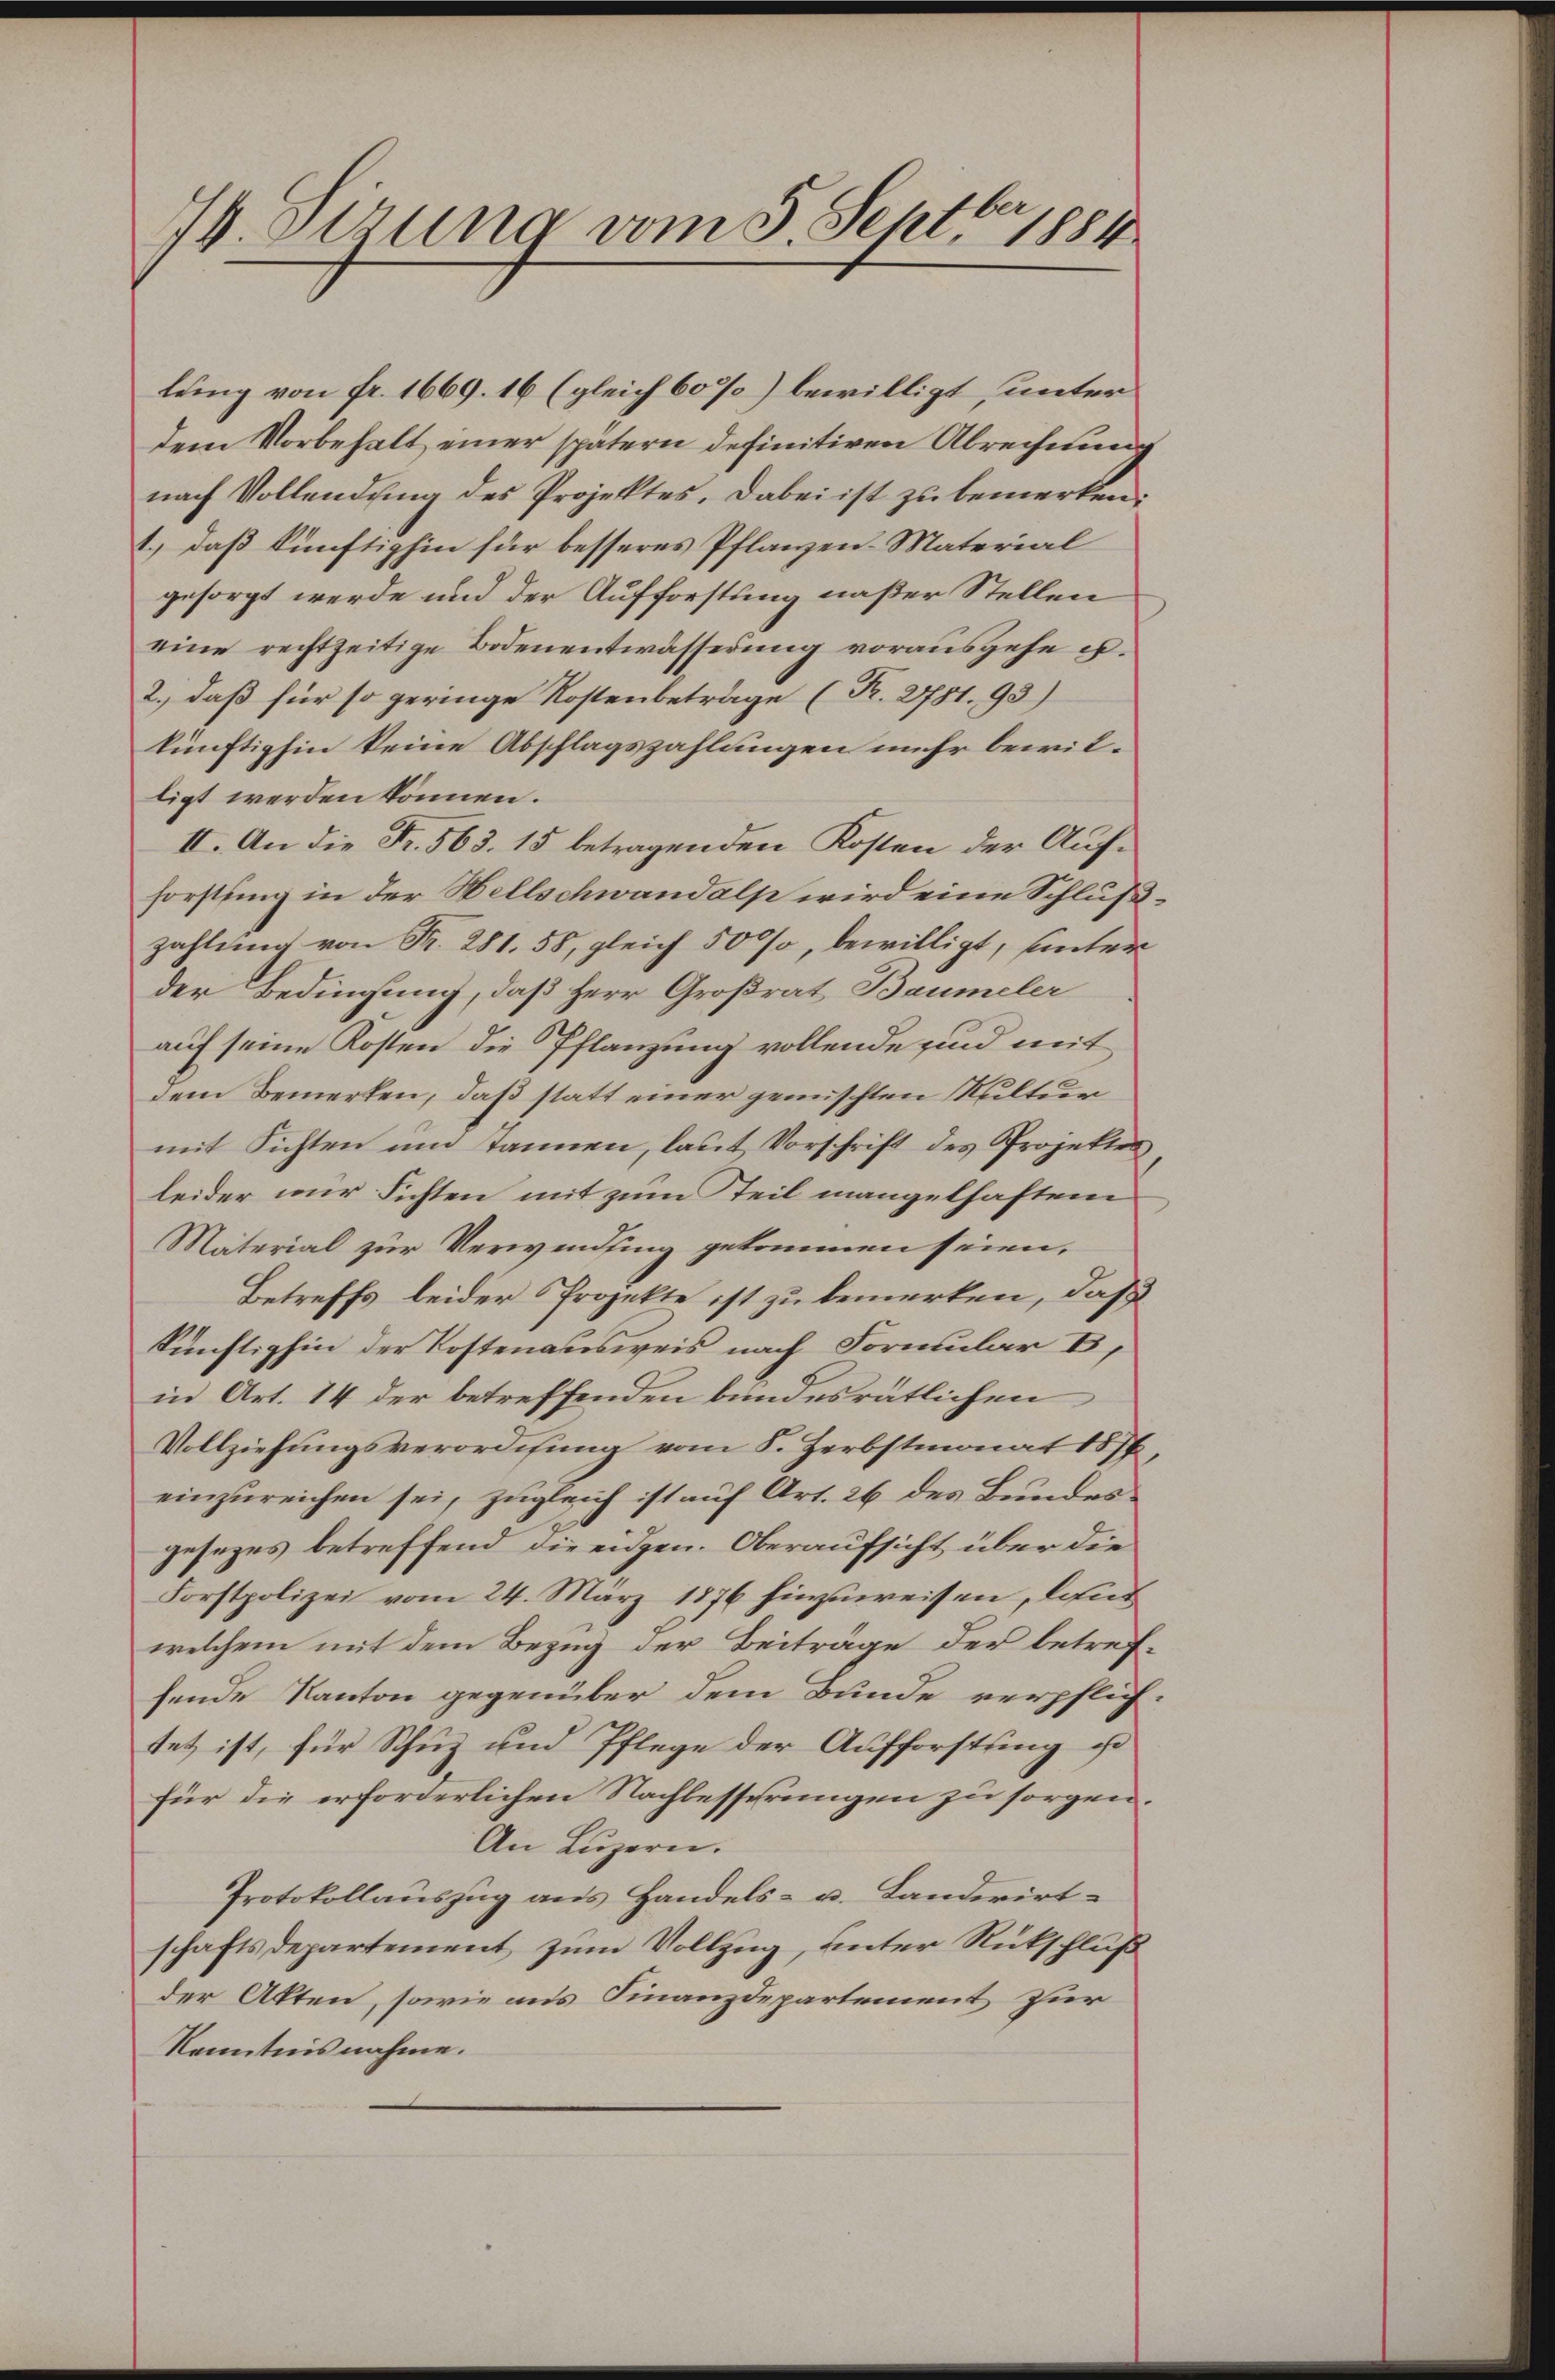
74. Oerung vom 5. Sept. 1884

lung von fr. 1669. 16 (gleich 60%) bewilligt unter
dem Vorbehalt einer spätern definitiven Abrechnung
nach Vollendŭng des Projektes. Dabei ist zu bemerken:
1.) daß künftighin für besseres Pflanzen-Material
gesorgt werde und der Aufforstung naßer Stellen
eine rechtzeitige Bodenentwässerung vorausgehe u.
2.) daß für so geringe Kostenbeträge (R. 2781. 93)
künftighin keine Abschlagszahlungen mehr bewilligt werden können.
II. An die Fr. 563. 15 betragenden Kosten der Aufforstung in der Hellschwandalp wird eine Schluß
zahlung von Fr. 281. 55, gleich 50%, bewilligt, unters
der Bedingung, daß Herr Großrat Baumeler
auf seine Kosten die Pflanzung vollende sind mit
dem Bemerken, daß statt einer gemischten Kultur
mit Sichten um Tannen, laut Vorschrift des Projekter
leider nur Fichten mit zum teil mangelhaften
Material zur Verwendung gekommen seien.
Betreffs leider Projekte ist zu bemerken, daß
künftighin der Postenausweis nach Formular B,
in Art. 14 der betreffenden bundesrätlichen
Vollziehungsverordnung vom 8. Herbstmonat 1877,
einzureichen sei, zugleich ist auf Art. 26 des Bundesgesezes betreffend die eidgen. Oberaufsicht über die
Forstpolizei vom 24. März 1876 hinzuweisen, laut
welchem mit dem Bezug der Beiträge der betreffende Kanton gegenüber dem Bunde verpflich
tet ist, für Schuz und Pflege der Aufforstung ist
für die erforderlichen Nachbesserungen zu sorgen.
An Luzern.
Protokollauszug aus Handels- u. Landerirt
schaftsdepartement zum Vollzug, unter Rückschluß
der Akten, sowie aus Finanzdepartement zur
Kenntnisnahme.